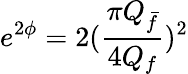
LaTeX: e^{2\phi}=2(\frac{\pi Q_{\bar{f}}}{4Q_{f}})^{2}